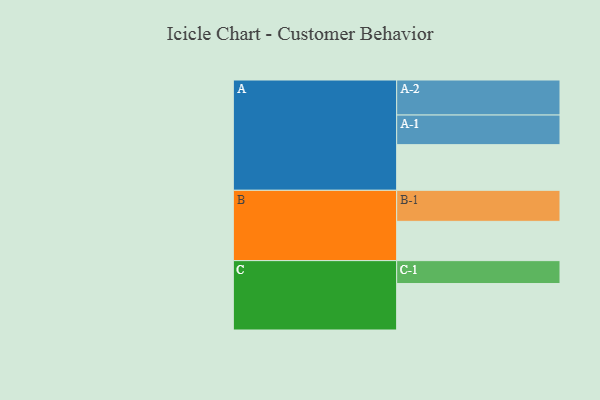
{"axis": {"x": "Segment", "y": "Value"}, "legend": ["", "A", "B", "C"], "data": [{"x": "A", "y": 387, "type": ""}, {"x": "B", "y": 333, "type": ""}, {"x": "C", "y": 394, "type": ""}, {"x": "A-1", "y": 251, "type": "A"}, {"x": "A-2", "y": 297, "type": "A"}, {"x": "B-1", "y": 263, "type": "B"}, {"x": "C-1", "y": 194, "type": "C"}]}